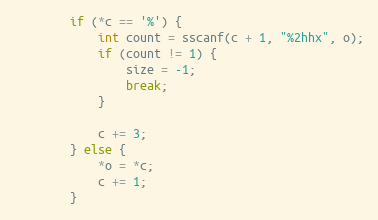
Language: C
		if (*c == '%') {
			int count = sscanf(c + 1, "%2hhx", o);
			if (count != 1) {
				size = -1;
				break;
			}

			c += 3;
		} else {
			*o = *c;
			c += 1;
		}